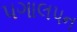
પગાલપન